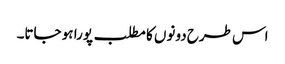
اس طرح دونوں کا مطلب پورا ہو جاتا۔